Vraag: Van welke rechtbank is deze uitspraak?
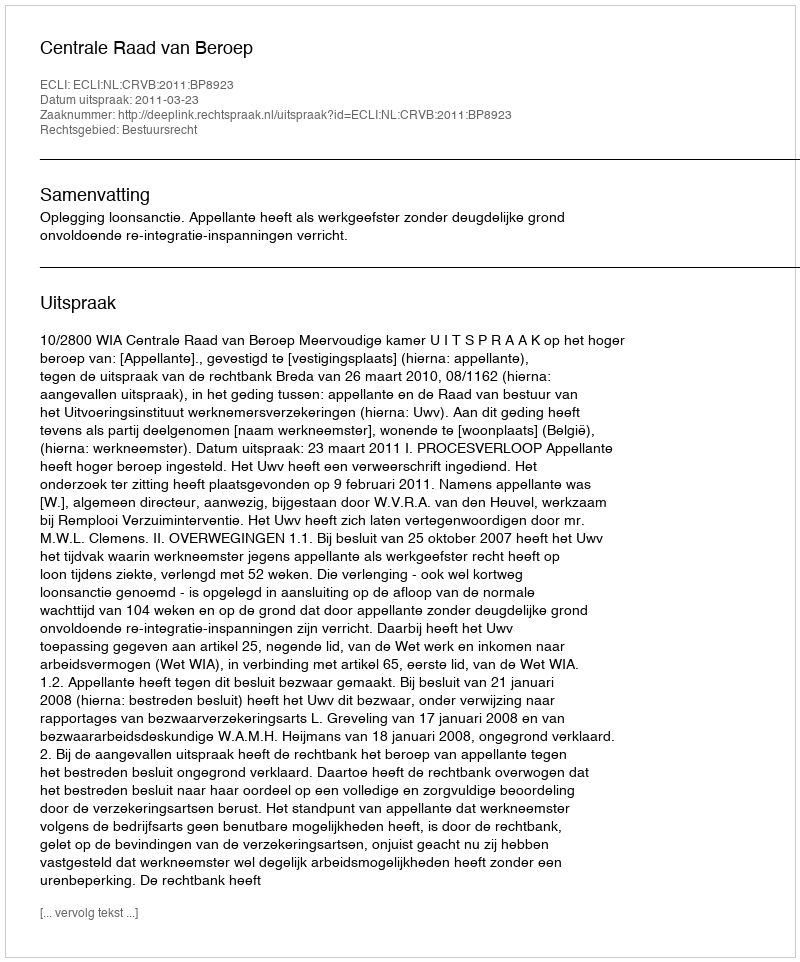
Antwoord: Centrale Raad van Beroep